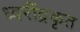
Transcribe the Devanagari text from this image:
ध्वरींद्रकृत